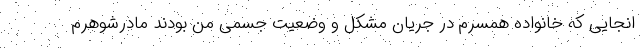
انجایی که خانواده همسرم در جریان مشکل و وضعیت جسمی من بودند مادرشوهرم